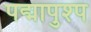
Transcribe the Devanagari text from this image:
पद्मापुश्प